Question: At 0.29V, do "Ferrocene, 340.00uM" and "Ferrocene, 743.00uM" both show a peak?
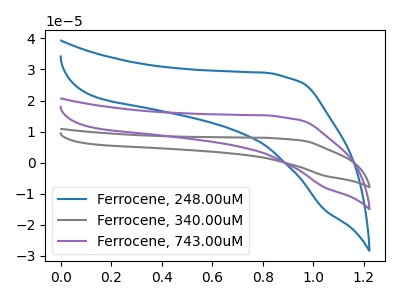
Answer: <think>The blue curve "Ferrocene, 248.00uM" has no peaks. The gray curve "Ferrocene, 340.00uM" has no peaks. The purple curve "Ferrocene, 743.00uM" has no peaks.</think>
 <answer>No, "Ferrocene, 340.00uM" and "Ferrocene, 743.00uM" dont share a peak at 0.29V.</answer>
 <eval>mismatch</eval>